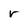
Character: r